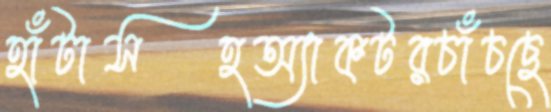
হাঁটাসহঅ্যাকটরচাঁচছে